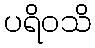
ပရိဝသိ